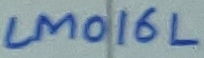
Text: LM016L